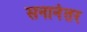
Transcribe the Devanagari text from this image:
सनानंतर